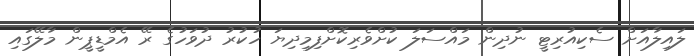
ލައިލާއަށް ސެކިއުރިޓީ ނުދިން މައްސަލަ ކުށްވެރިކޮށްފިމިދިޔަ ހުކުރު ދުވަހުގެ ރޭ އެމްޑީޕީން މާލޭގައި